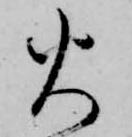
火